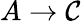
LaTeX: A\rightarrow\mathcal{C}